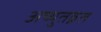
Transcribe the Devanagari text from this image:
अच्युतव्रत